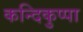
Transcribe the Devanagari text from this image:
कन्दिकुप्पा